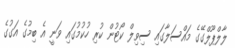
ލާލްޕޫލްގޭގެ މައްސަލާގައި ސިވިލް ކޯޓުން ކުރި ހުކުމުގައި ވަނީ އެ ބިމުގެ އަގުގެ